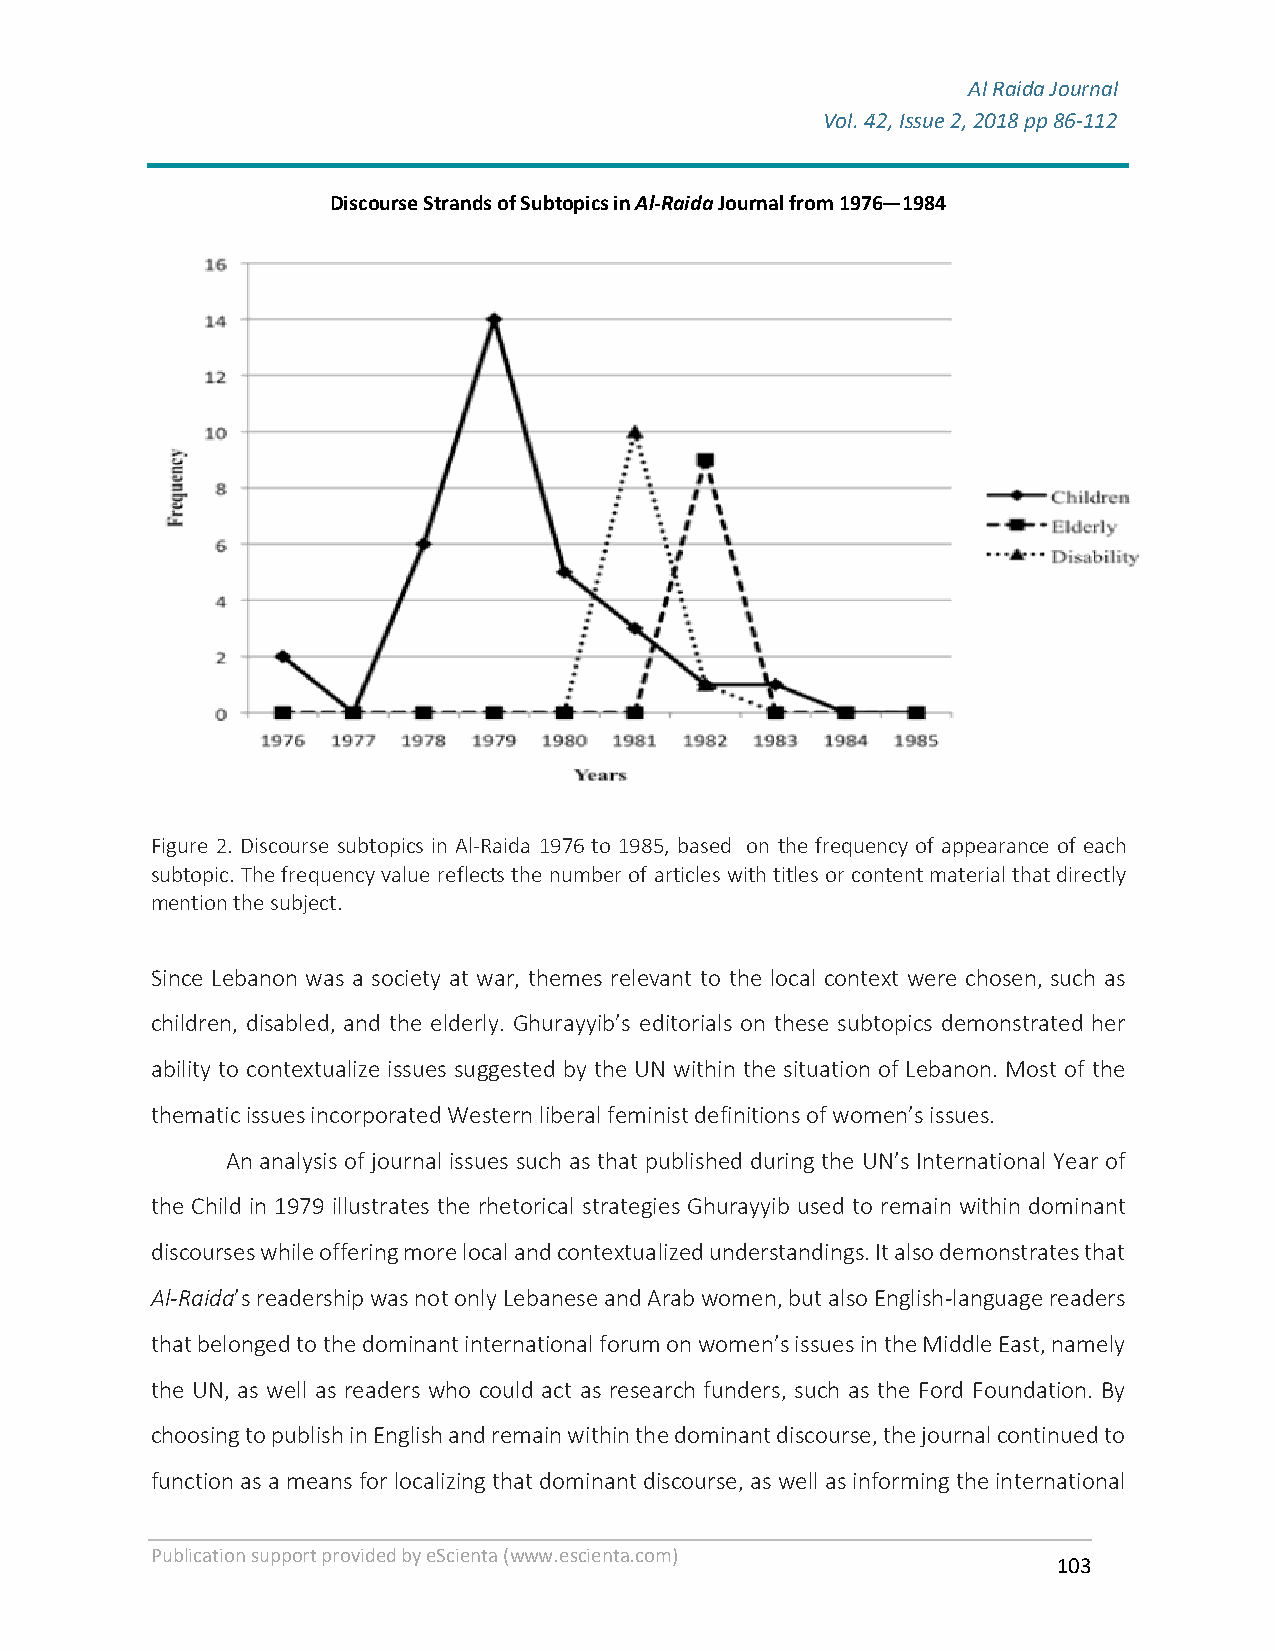
Al Raida Journal
 Vol. 42, Issue 2, 2018 pp 86-112
 F
 Discourse Strands of Subtopics in Al-Raida Journal from 1976—1984
 Figure 2. Discourse subtopics in Al-Raida 1976 to 1985, based on the frequency of appearance of each
 subtopic. The frequency value reflects the number of articles with titles or content material that directly
 mention the subject.
 Since Lebanon was a society at war, themes relevant to the local context were chosen, such as
 children, disabled, and the elderly. Ghurayyib’s editorials on these subtopics demonstrated her
 ability to contextualize issues suggested by the UN within the situation of Lebanon. Most of the
 thematic issues incorporated Western liberal feminist definitions of women’s issues.
 An analysis of journal issues such as that published during the UN’s International Year of
 the Child in 1979 illustrates the rhetorical strategies Ghurayyib used to remain within dominant
 discourses while offering more local and contextualized understandings. It also demonstrates that
 Al-Raida’s readership was not only Lebanese and Arab women, but also English-language readers
 that belonged to the dominant international forum on women’s issues in the Middle East, namely
 the UN, as well as readers who could act as research funders, such as the Ford Foundation. By
 choosing to publish in English and remain within the dominant discourse, the journal continued to
 function as a means for localizing that dominant discourse, as well as informing the international
 Publication support provided by eScienta (www.escienta.com)
 103